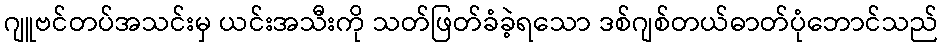
ဂျူဗင်တပ်အသင်းမှ ယင်းအသီးကို သတ်ဖြတ်ခံခဲ့ရသော ဒစ်ဂျစ်တယ်ဓာတ်ပုံဘောင်သည်